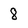
Character: 8